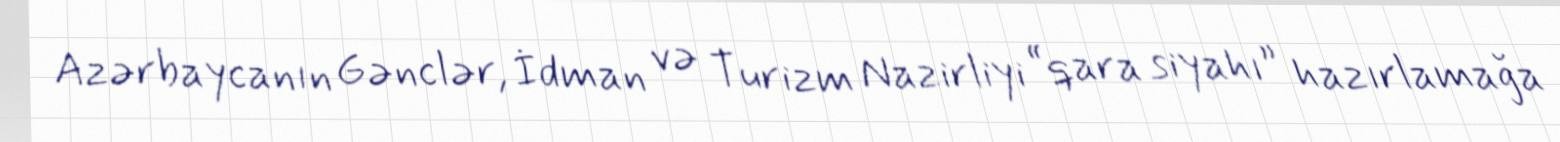
Azərbaycanın Gənclər, İdman və Turizm Nazirliyi “qara siyahı” hazırlamağa